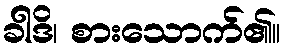
ခါဒိ၊ စားသောက်၏။